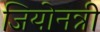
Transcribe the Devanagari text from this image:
जियोनन्नी